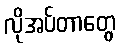
လိုအပ်တာတွေ